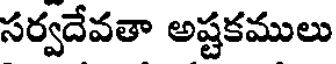
సర్వదేవతా అష్టకములు